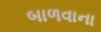
બાળવાના